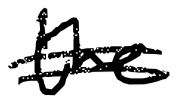
Text: the
Cross-out: double-line
Writing tool: digital_black